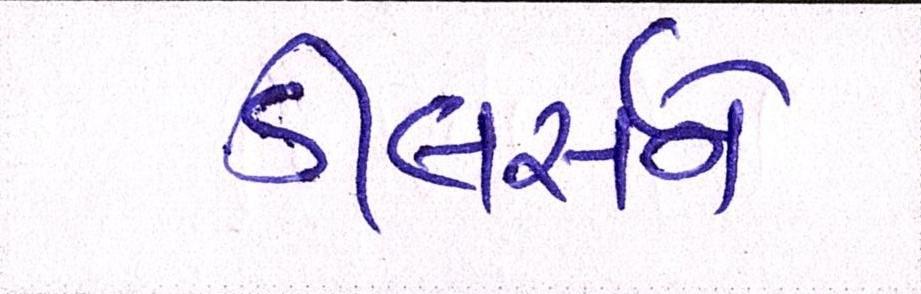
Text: ડીલર્સને